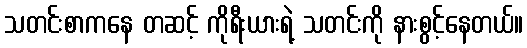
သတင်းစာကနေ တဆင့် ကိုရီးယားရဲ့ သတင်းကို နားစွင့်နေတယ်။